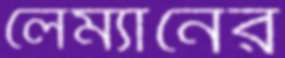
লেম্যানের